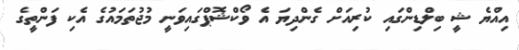
އިއްޔެ ޝީ ބިލްޑިންގައި ކުރިއަށް ގެންދިޔަ އެ ވޯކްޝޮޕްގައިވަނީ މުޖުތަމައުގެ އެކި ފަންތީގެ